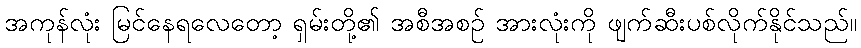
အကုန်လုံး မြင်နေရလေတော့ ရှမ်းတို့၏ အစီအစဉ် အားလုံးကို ဖျက်ဆီးပစ်လိုက်နိုင်သည်။